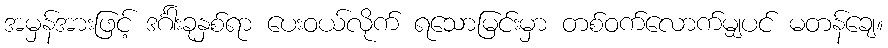
အမှန်အားဖြင့် ဒင်္ဂါးခုနှစ်ရာ ပေးဝယ်လိုက် ရသောမြင်းမှာ တစ်ဝက်လောက်မျှပင် မတန်ချေ။